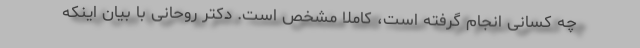
چه کسانی انجام گرفته است، کاملا مشخص است. دکتر روحانی با بیان اینکه